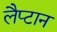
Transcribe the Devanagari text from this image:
लैप्टान